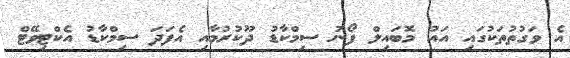
އެ ވަގުތުތަކުގައި އައު މޮބައިލް ފޯނު ސިމްކާޑު ދޫކުރުމާއި އެފަދަ ސިމްކާޑު އެކްޓިވޭޓް